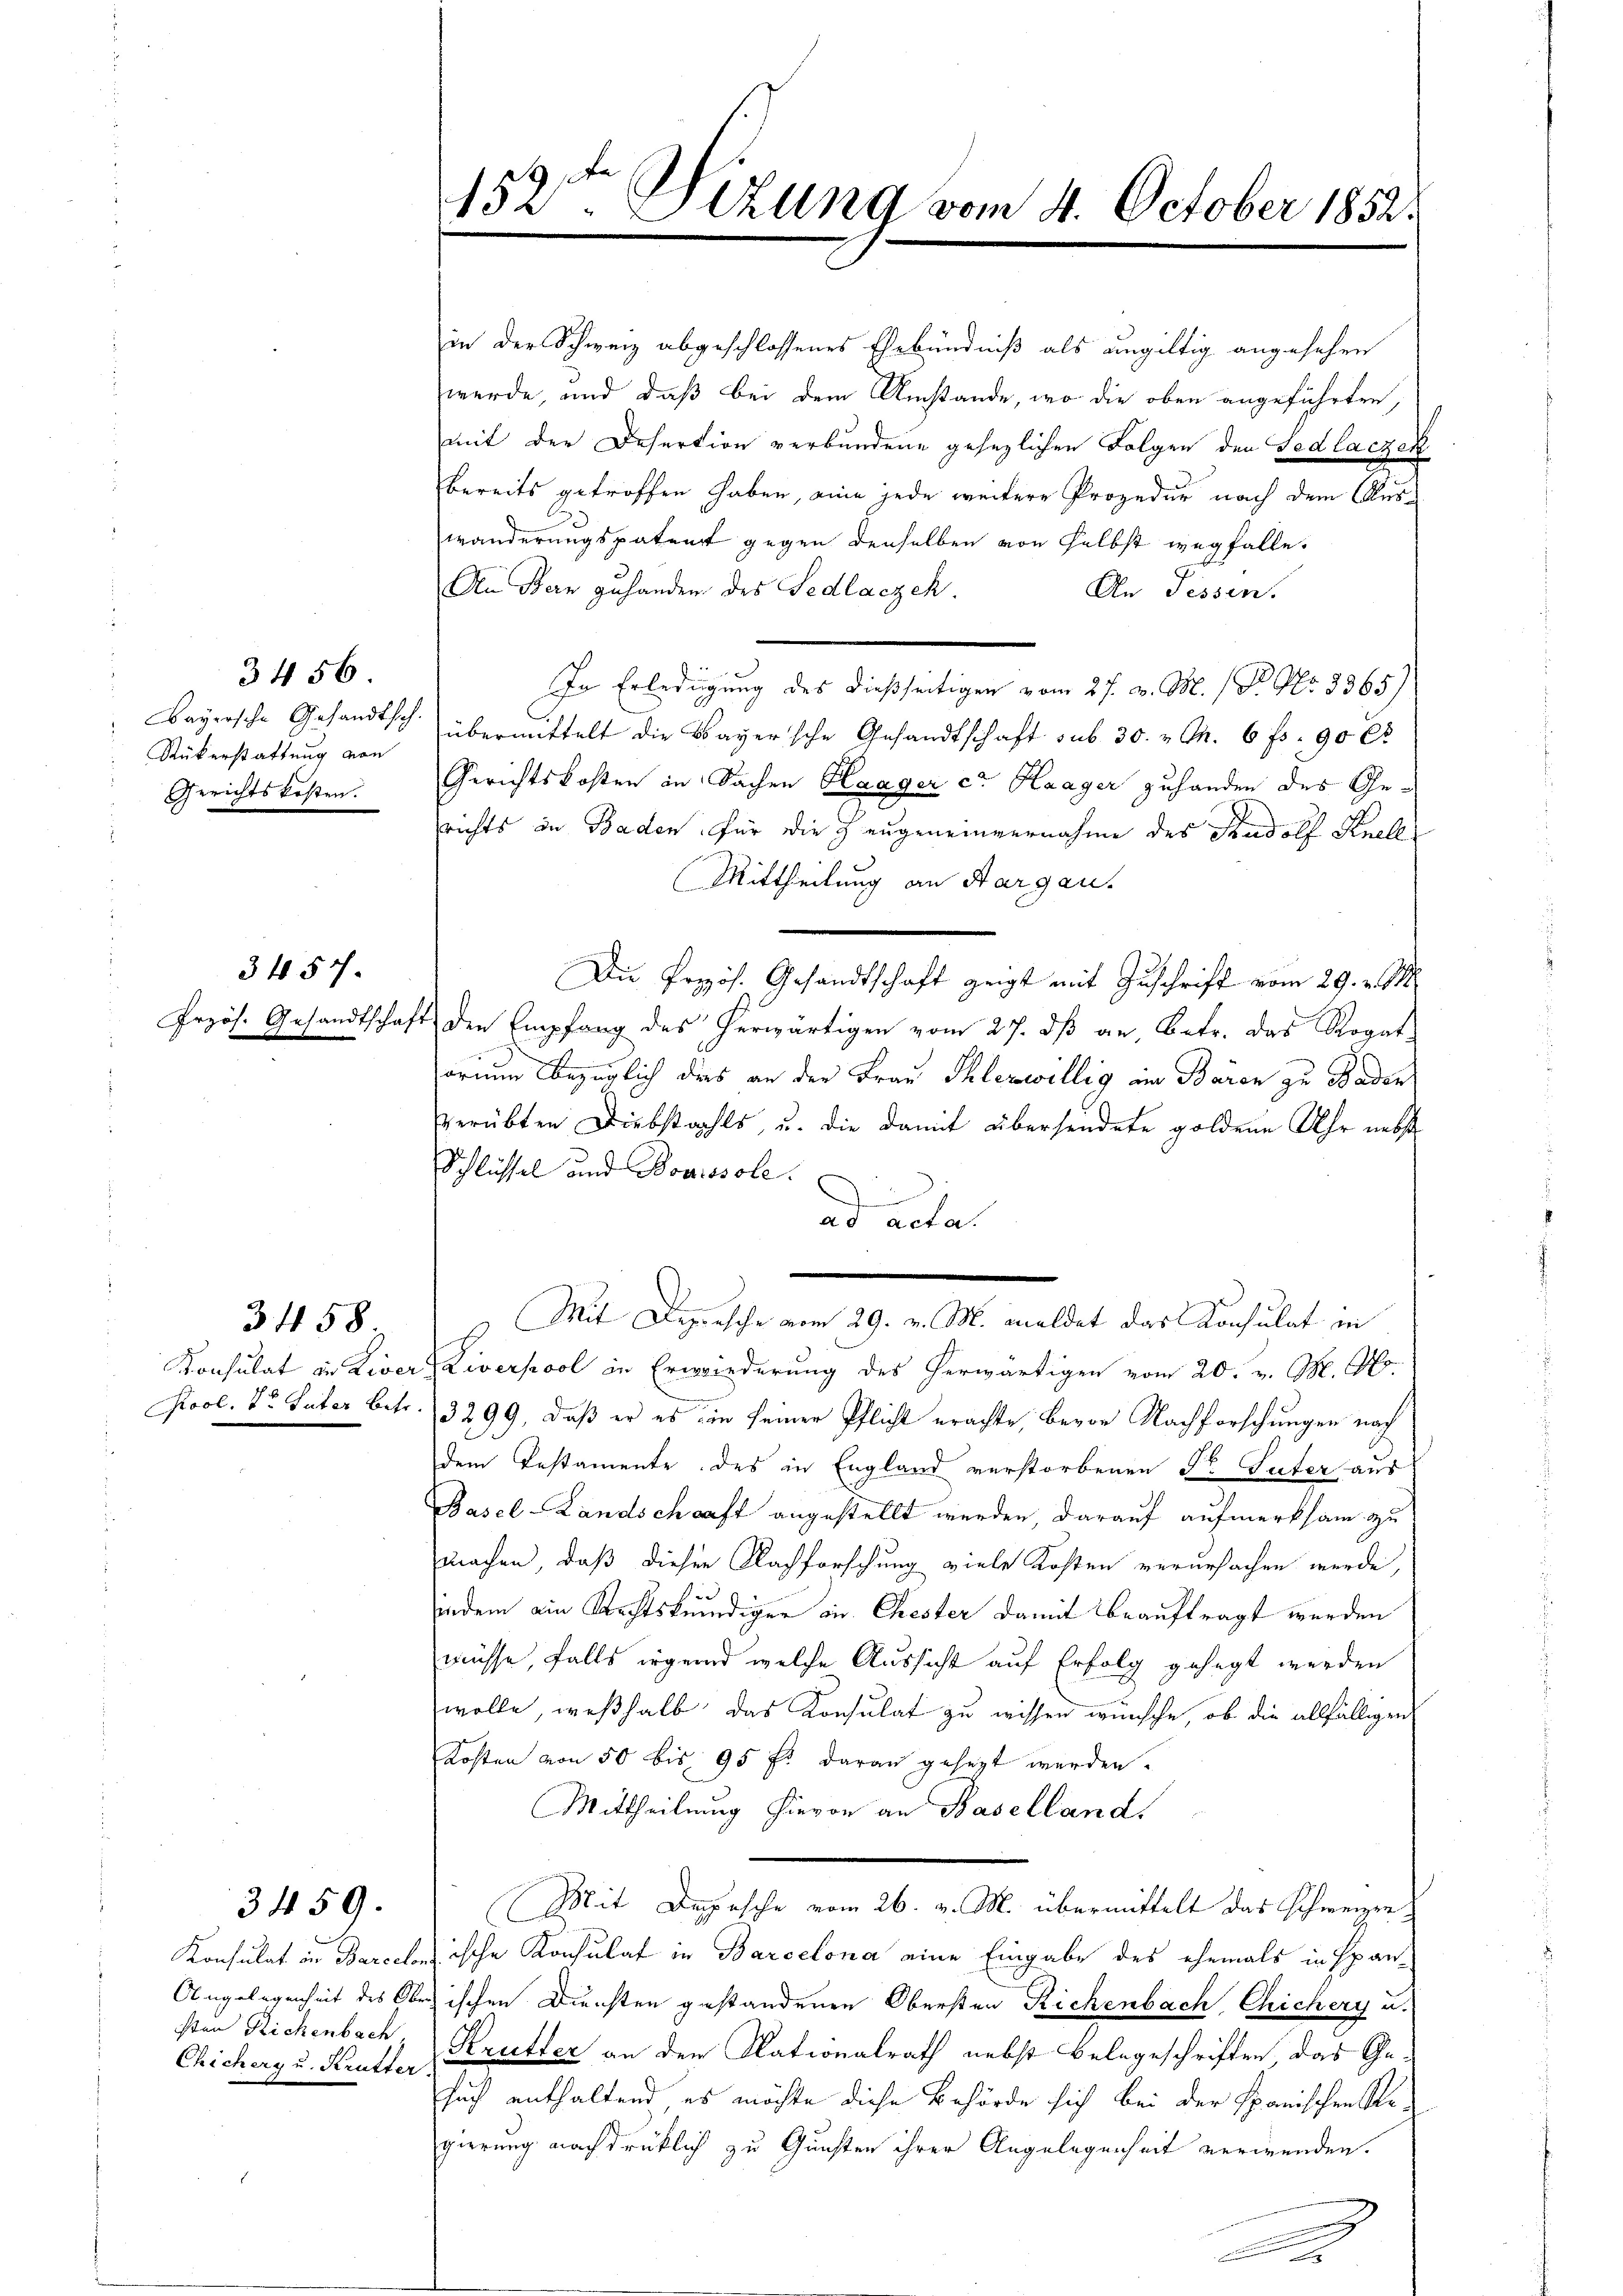
3456.
Bayersche Gesandtsch.
Rükerstattung von
Gerichtskosten.

3457.

3 458

3459.

sten Richenbach
Chicherg u. Krutter.

in der Schweiz abgeschlossenes Ehebündniß als ungültig angesehen
werde, und daß bei dem Umstände, wo die oben angeführten,
mit der Desertion verbundene gesezlichen Folgen den Gedlaczek
bereits getroffen haben, eine jede weitere Prozedur nach dem Auswänderungspatent gegen denselben von selbst wegfalle.
An Bern zuhanden des Fedlaczek.
An Tessen.
In Erledigung des dießseitigen vom 27. d. M. 1 P. Nr. 1365)
übermittelt die Bayersche Gesandtschaft sub 30. v. M. 6 f. 90 x
Gerichtskosten in Sachen Haager ca Haager zuhanden des Gerichts in Baden für die Zeugeneinvernahme des Rudolf Knell
Mittheilung an Aargau.
Die Propos. Gesandtschaft zeigt mit Zuschrift vom 29. v. M.
Przös. Gesandtschaft den Empfang des herwärtigen vom 27. dß an, betr. das Rogat
orium bezüglich dies an der Frau Phlezwillig im Bären zu Baden
verübten Diebstahls, u. die damit übersendete goldene Uhr nebst
Schlüssel und Bodissole.
ad acta.
M. Wassen Gelte mindet der Bestalt in
Konsulat in Liver, Liverpool in Erwiederung des herwärtigen vom 20. v. M. M.
Piool. Dr Vater betr. 3299, daß er es in seiner Pflicht erachte, bevor Nachforschungen nach
dem Testamente des in England verstorbenen Dr Suter aus
Basel-Landschaft angestellt werden, darauf aufmerksam zu
machen, daß dieser Nachforschung viele Kosten verursachen werde,
3
indem ain Rechtskundiger in Ehester damit beauftragt werden
müsse, falls irgend welche Aussicht auf Erfolg gehegt werden
wolle, weßhalb das Konsulat zu wissen wünsche, ob die allfälligen
Kosten von 50 bis 95 f. daran gesezt werden.
Mittheilung hievon an Baselland,
Mit Depesche vom 26. v. M. übermittelt das Schweizen,
Konsulat in Barcelonische Konsulat in Barcelona eine Eingabe des ehemals in Span-
Angelegenheit des Obrischen Diensten gestandenen Obersten Richenbach, Chichery u.
Krütter an den Nationalrath nebst Belegeschriften, das Gesuch enthaltend es möchte diese Behörde sich bei der Spanischen Regierung nachdrücklich zu Gunsten ihrer Angelegenheit verwenden.
.
.

452. Sizung vom 4. October 1852.